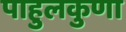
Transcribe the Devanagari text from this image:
पाहुलकुणा